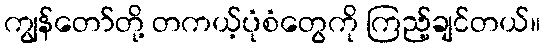
ကျွန်တော်တို့ တကယ့်ပုံစံတွေကို ကြည့်ချင်တယ်။